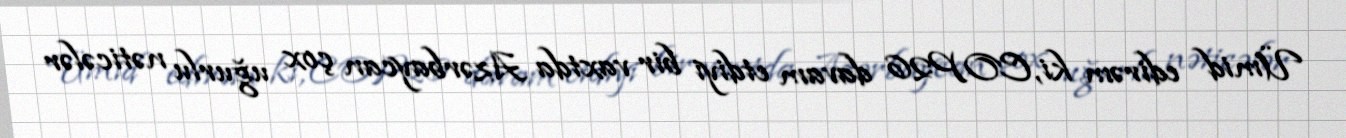
Ümid edirəm ki, COP26 davam etdiyi bir vaxtda Azərbaycan çox uğurlu nəticələr